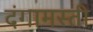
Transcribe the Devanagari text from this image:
दंगामस्ती